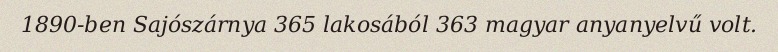
1890-ben Sajószárnya 365 lakosából 363 magyar anyanyelvű volt.